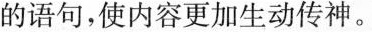
的语句，使内容更加生动传神。